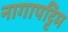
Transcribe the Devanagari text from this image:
नागापट्टिम